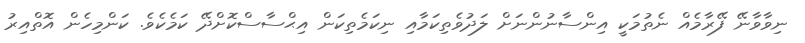
ނިވާވާނޭ ފޭރާމެއް ނެތުމަކީ އިންސާނުންނަށް ލަދުވެތިކަމާއި ނިކަމެތިކަން އިޙްސާސްކޮށްދޭ ކަމެކެވެ. ކަންމިހެން އޮތްއިރު